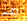
لكسر